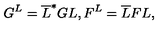
G ^ { L } = \overline { { L } } ^ { * } G L , F ^ { L } = \overline { { L } } F L ,